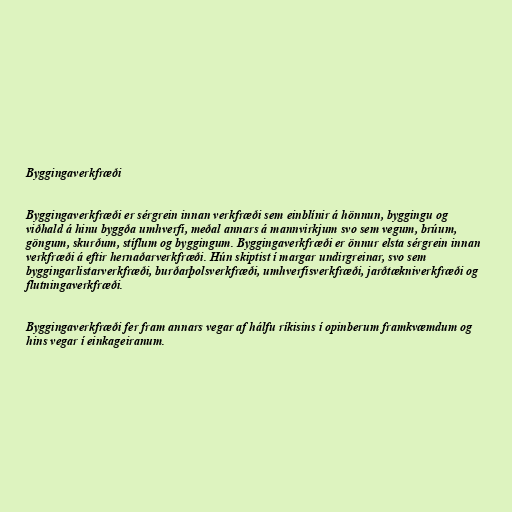
Byggingaverkfræði

Byggingaverkfræði er sérgrein innan verkfræði sem einblínir á hönnun, byggingu og
viðhald á hinu byggða umhverfi, meðal annars á mannvirkjum svo sem vegum, brúum,
göngum, skurðum, stíflum og byggingum. Byggingaverkfræði er önnur elsta sérgrein innan
verkfræði á eftir hernaðarverkfræði. Hún skiptist í margar undirgreinar, svo sem
byggingarlistarverkfræði, burðarþolsverkfræði, umhverfisverkfræði, jarðtækniverkfræði og
flutningaverkfræði.

Byggingaverkfræði fer fram annars vegar af hálfu ríkisins í opinberum framkvæmdum og
hins vegar í einkageiranum.